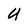
Character: U